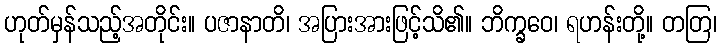
ဟုတ်မှန်သည့်အတိုင်း။ ပဇာနာတိ၊ အပြားအားဖြင့်သိ၏။ ဘိက္ခဝေ၊ ရဟန်းတို့။ တတြ၊